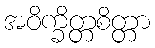
အဝိက္ခိတ္တစိတ္တာ